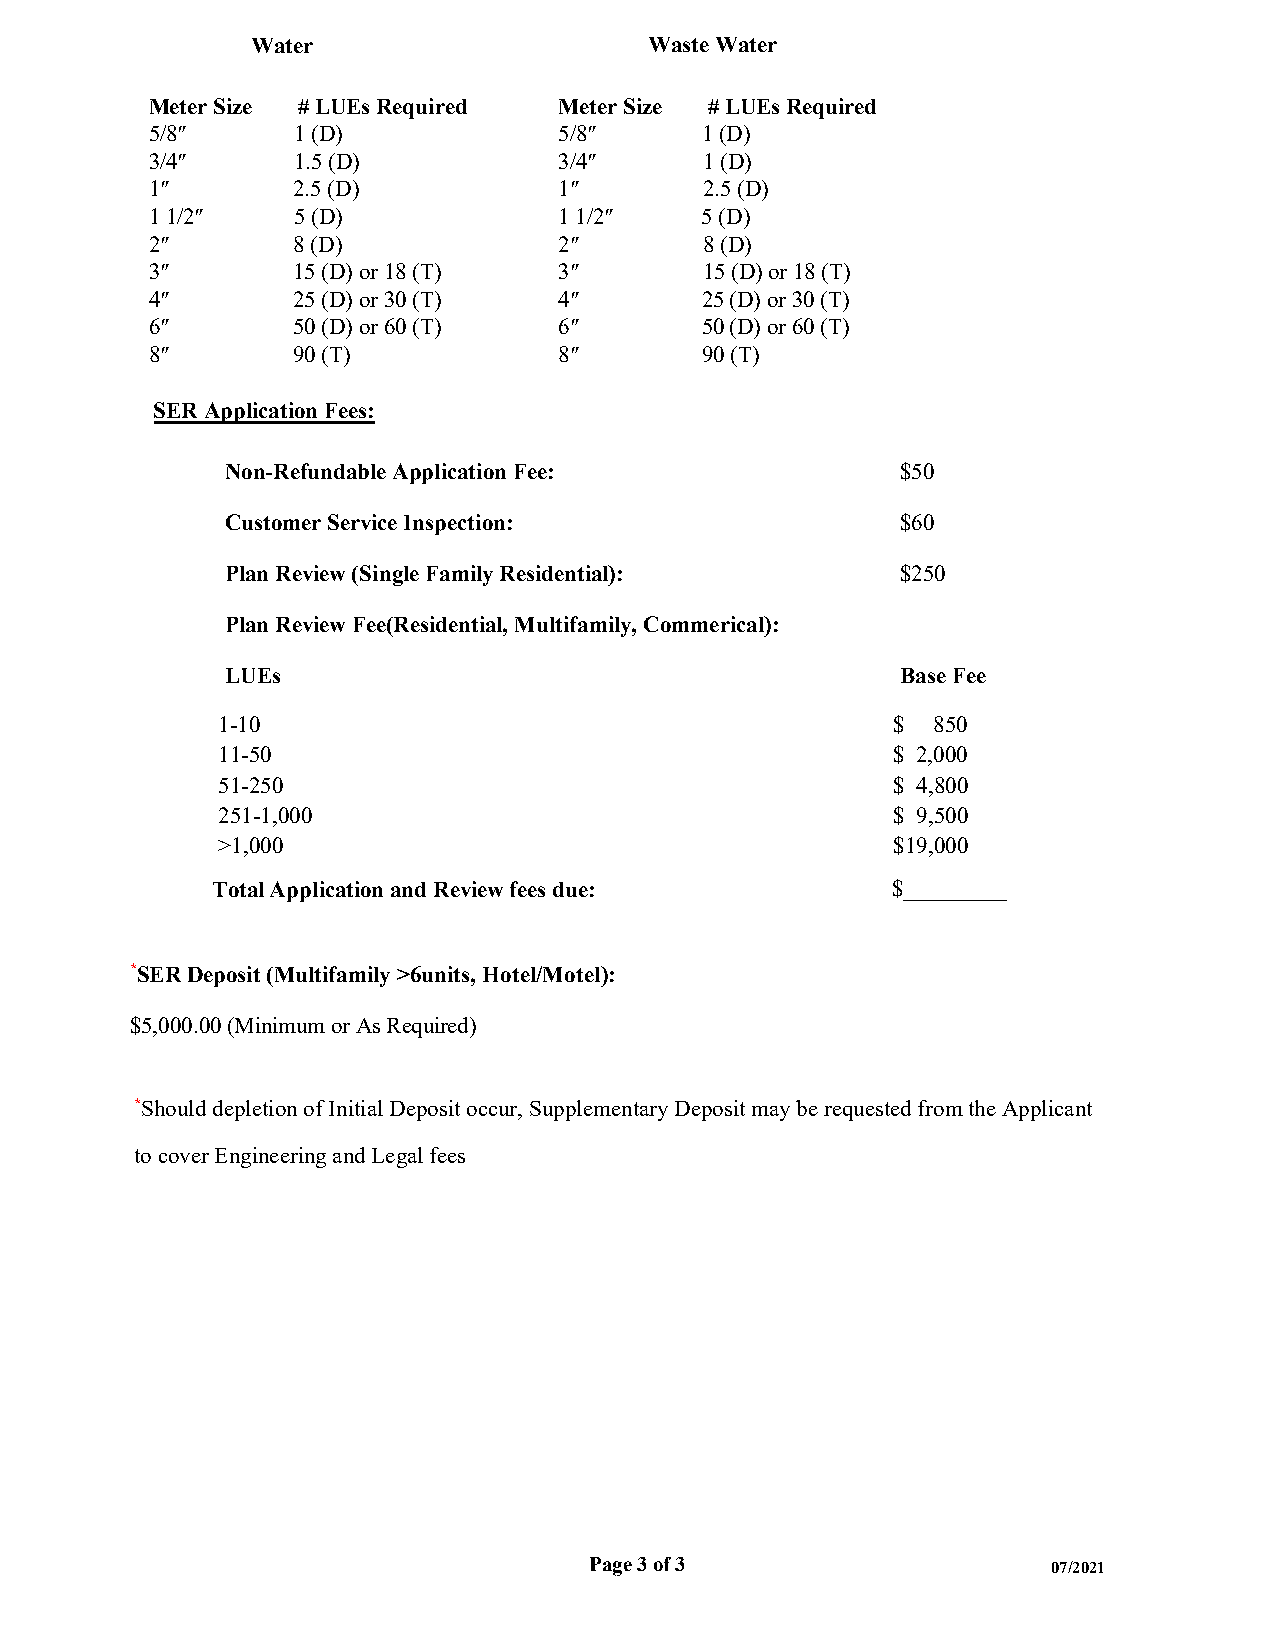
Water                     Waste Water
 Meter Size # LUEs Required Meter Size # LUEs Required
 5/8″     1 (D)             5/8″     1 (D)
 3/4″     1.5 (D)           3/4″      1 (D)
 1″       2.5 (D)           1″        2.5 (D)
 1 1/2″   5 (D)             1 1/2″   5 (D)
 2″       8 (D)             2″        8 (D)
 3″       15 (D) or 18 (T)  3″        15 (D) or 18 (T)
 4″       25 (D) or 30 (T)  4″       25 (D) or 30 (T)
 6″       50 (D) or 60 (T)  6″       50 (D) or 60 (T)
 8″       90 (T)            8″       90 (T)
 SER Application Fees:
 Non-Refundable Application Fee:              $50
 Customer Service Inspection:                 $60
 Plan Review (Single Family Residential):     $250
 Plan Review Fee(Residential, Multifamily, Commerical):
 LUEs                                         Base Fee
 1-10                                         $  850
 11-50                                        $ 2,000
 51-250                                       $ 4,800
 251-1,000                                    $ 9,500
 >1,000                                       $19,000
 Total Application and Review fees due:       $_________
 *SER Deposit (Multifamily >6units, Hotel/Motel):
 $5,000.00 (Minimum or As Required)
 *Should depletion of Initial Deposit occur, Supplementary Deposit may be requested from the Applicant
 to cover Engineering and Legal fees
 Page 3 of 3                    07/2021